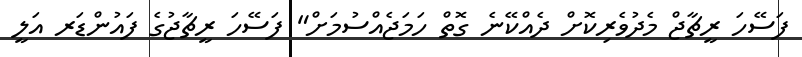
ފަސޭހަ ރީޗާޖް މެދުވެރިކޮށް ދެެއްކޭނެ ގޮތް ހަމަޖެއްސުމަށް" ފަސޭހަ ރީޗާޖުގެ ފައުންޑަރ އަލީ